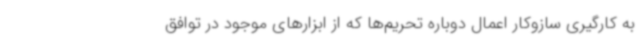
به کارگیری سازوکار اعمال دوباره تحریم‌ها که از ابزارهای موجود در توافق